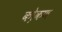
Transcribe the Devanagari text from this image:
को़कण